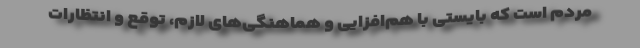
مردم است که بایستی با هم‌افزایی و هماهنگی‌های لازم، توقع و انتظارات